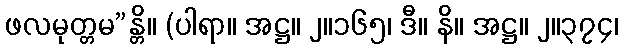
ဖလမုတ္တမ”န္တိ။ (ပါရာ။ အဋ္ဌ။ ၂။၁၆၅၊ ဒီ။ နိ။ အဋ္ဌ။ ၂။၃၇၄၊